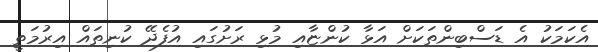
އެކަމަކު އެ ޑަސްބިންތަކަށް އަޅާ ކުންޏާއި މުޅި ރަށުގައި އުފެދޭ ކުނިތައް އިރުމަތީ